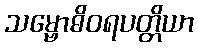
သမ္ဗောဓိဝရပတ္တိယာ